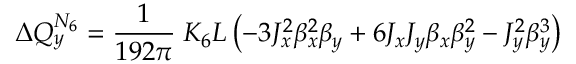
\Delta Q _ { y } ^ { N _ { 6 } } = \frac { 1 } { 1 9 2 \pi } \; K _ { 6 } L \left( - 3 J _ { x } ^ { 2 } \beta _ { x } ^ { 2 } \beta _ { y } + 6 J _ { x } J _ { y } \beta _ { x } \beta _ { y } ^ { 2 } - J _ { y } ^ { 2 } \beta _ { y } ^ { 3 } \right)